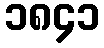
၁၈၄၁